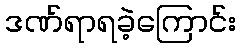
ဒဏ်ရာရခဲ့ကြောင်း